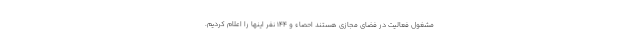
مشغول فعالیت در فضای مجازی هستند احصاء و ۱۴۴ نفر اینها را اعلام کردیم.